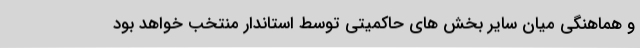
و هماهنگی میان سایر بخش های حاکمیتی توسط استاندار منتخب خواهد بود